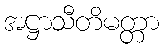
အဋ္ဌာသီတိမတ္တာ